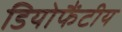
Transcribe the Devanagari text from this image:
डियोफैंटीय